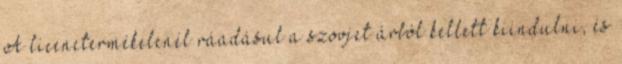
A licenctermékelcnél ráadásul a szovjet árból kellett kiindulni, és